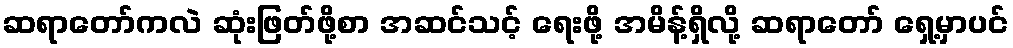
ဆရာတော်ကလဲ ဆုံးဖြတ်ဖို့စာ အဆင်သင့် ရေးဖို့ အမိန့်ရှိလို့ ဆရာတော် ရှေ့မှာပင်